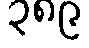
၃၈၉